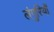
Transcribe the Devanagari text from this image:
लंगुरियों